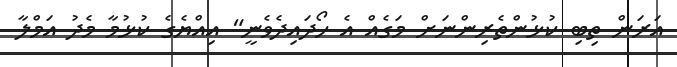
އަރަން ތިބި ކުޅުންތެރިންނަށް މަގެއް އެ ހޯދައިދެވެނީ" އިއްޔެގެ ކުޅުމާ މެދު އަމްލާ